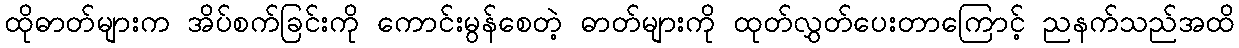
ထိုဓာတ်များက အိပ်စက်ခြင်းကို ကောင်းမွန်စေတဲ့ ဓာတ်များကို ထုတ်လွှတ်ပေးတာကြောင့် ညနက်သည်အထိ